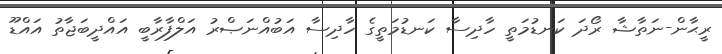
ރީޙާން-ނަތާޝާ ރޯދަ ކަނޑުމަތީ ހާދިސާ ކަނޑުމަތީގެ ހާދިސާ އަބުއްނަޞްރު އަލްފާރާބީ އައްދީބަޖާތު އައްޑޫ